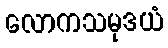
လောကသမုဒယံ